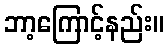
ဘာ့ကြောင့်နည်း။